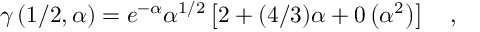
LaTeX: \gamma \left( 1 / 2 , \alpha \right) = e ^ { - \alpha } \alpha ^ { 1 / 2 } \left[ 2 + ( 4 / 3 ) \alpha + 0 \left( \alpha ^ { 2 } \right) \right] \quad ,